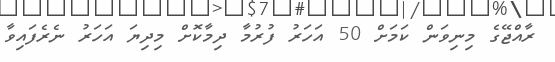
ރާއްޖޭގެ މިނިވަން ކަމަށް 50 އަހަރު ފުރުމާ ދިމާކޮށް މިދިޔަ އަހަރު ނެރެފައިވާ